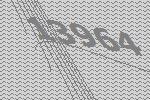
13964